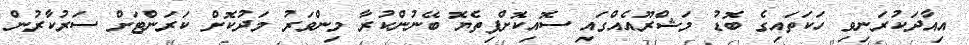
އިއާދަކުރަނިވި ހަކަތައިގެ ބޮޑު މަޝްރޫއެއްގައި ސޮއިކޮށްފިތެޔޮ ބޭނުންކުރާ މިންވަރު މަދުކޮށް ކަރަންޓަށް ސަރުކާރުން